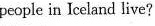
people in Iceland live?